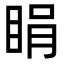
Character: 睊